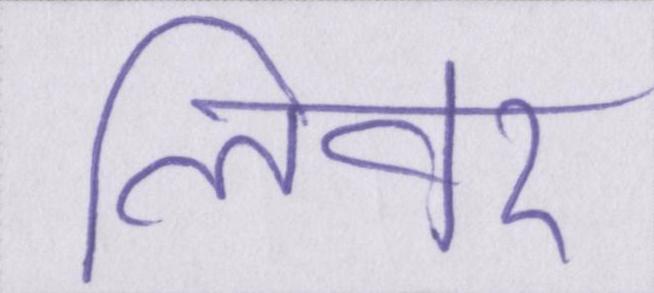
लीवर